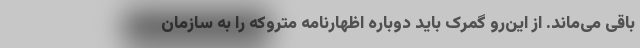
باقی می‌ماند. از این‌رو گمرک باید دوباره اظهارنامه متروکه را به سازمان